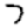
Digit: 7